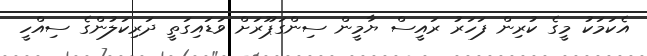
އެކަމަކު މީގެ ކުރިން ފަހަރު ރައީސް ޔާމީން ސިންގަޕޫރަށް ވަޑައިގަތީ ދަރިކަލުންގެ ސިއްހީ